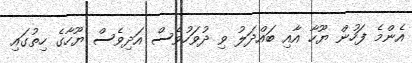
އެންމެ ފަހުން ޔޫހާ އާއި ބައްދަލު ވި ދުވަހުވެސް އަދިވެސް ޔޫހާގެ ހިތުގައި